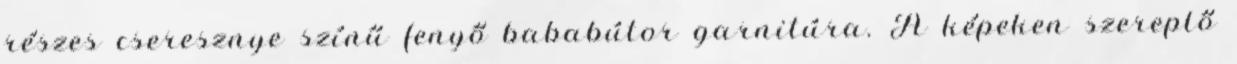
részes cseresznye színű fenyő bababútor garnitúra. A képeken szereplő